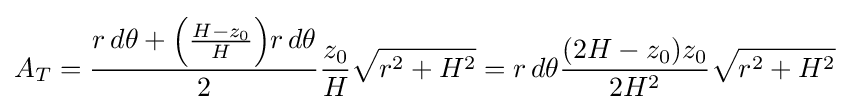
A_{T}={r\,d\theta +{\Big (}{H-z_{0} \over H}{\Big )}r\,d\theta  \over 2}{z_{0} \over H}{\sqrt {r^{2}+H^{2}}}=r\,d\theta {(2H-z_{0})z_{0} \over 2H^{2}}{\sqrt {r^{2}+H^{2}}}